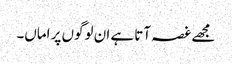
مجھے غصہ آتا ہے ان لوگوں پر اماں۔